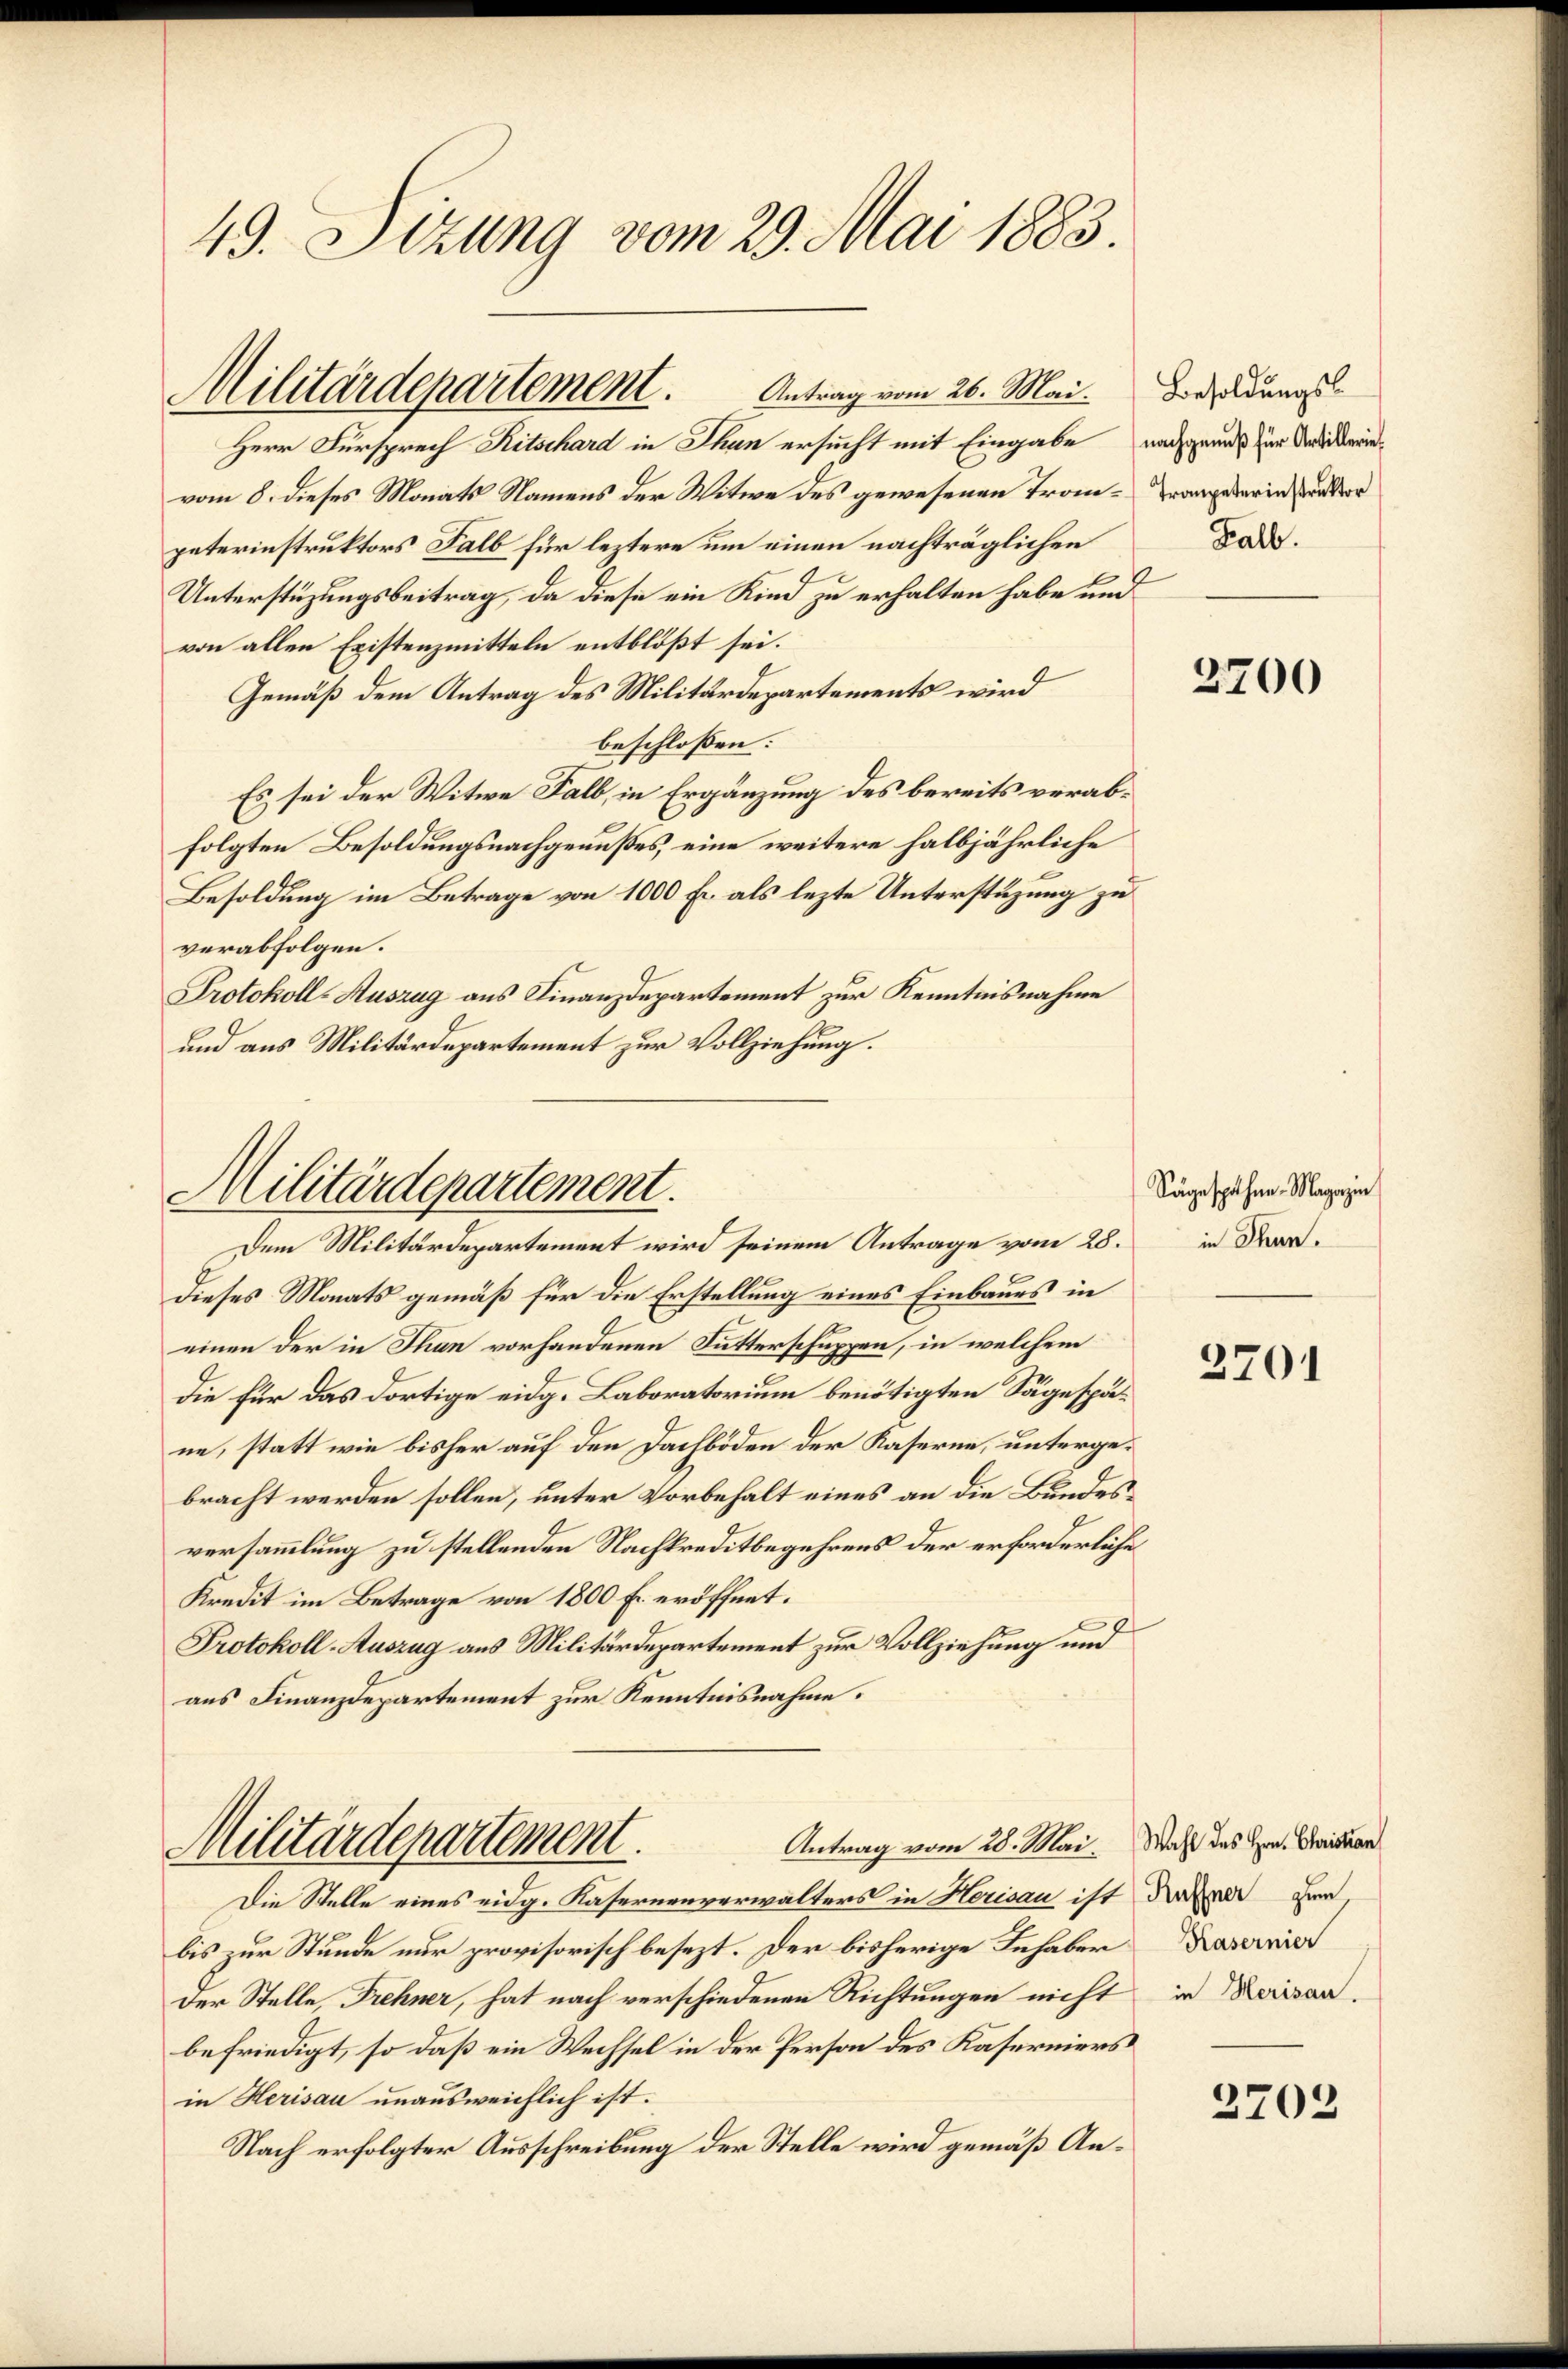
49. Sizung vom 29. Mai 1883.

Herr Fürsprech Ritschard in Thun ersucht mit Eingabe nach grund zur Verdickerinvom 8. dieses Monats Namens der Witwe des gewesenen Trom-Wrangelerin, und der
paterinstruktors Salb für leztere um einen nachträglichen
Unterstüzungsbeitrag, da diese ein Kind zu erhalten habe und
von allen Existenzmitteln entblößt sei.
Gemäß dem Antrag des Militärdepartements wird
beschlossen:
Es sei der Witwe Fall, in Ergänzung des bereits verabfolgten Besoldungsnachgenußes, eine weitere halbjährliche
Besoldung im Betrage von 1000 Fr. als lezte Unterstüzung zu
verabfolgen.
Protokoll-Auszug aus Finanzdepartement zur Kenntnisnahme
und aus Militärdepartement zur Vollziehung.

Militärdepartement. Antrag vom 26. Mai.

Militärdepartement.
Dem Militärdepartement wird seinem Antrage vom 28.

Antrag vom 28. Mai. Wahl des Hrn. Christan
Militärdepartement.
Die Stelle eines eidg. Kasernenverwalters in Herisau ist die Her

bis zur Stunde nur provisorisch besezt. Der bisherige Inhaber
der Stelle, Frehner, hat nach verschiedenen Richtungen nicht
befriedigt, so daß ein Wechsel in der Person des Kaserniers
in Herisau unausweichlich ist.
Nach erfolgter Ausschreibung der Stelle wird gemäß An¬

Besoldungs-
Falb.

dieses Monats gemäß für die Erstellung eines Einbaues in
einen der in Thun vorhandenen Futterschuppen, in welchem
die für das dortige eidg. Laboratorium benötigten Säge späne, statt wie bisher auf den Dachboden der Kaserne, untergebracht werden sollen, unter Vorbehalt eines an die Bundesversammlung zu stellenden Nachkreditbegehrens der erforderliche
Kredit im Betrage von 1800 Fr. eröffnet.
Protokoll-Auszug aus Militärdepartement zur Vollziehung und
aus Finanzdepartement zur Kenntnisnahme.

2700

Sägespähne. Magazin
in Thun.

3701

Kasernier
in Herisau.

2702